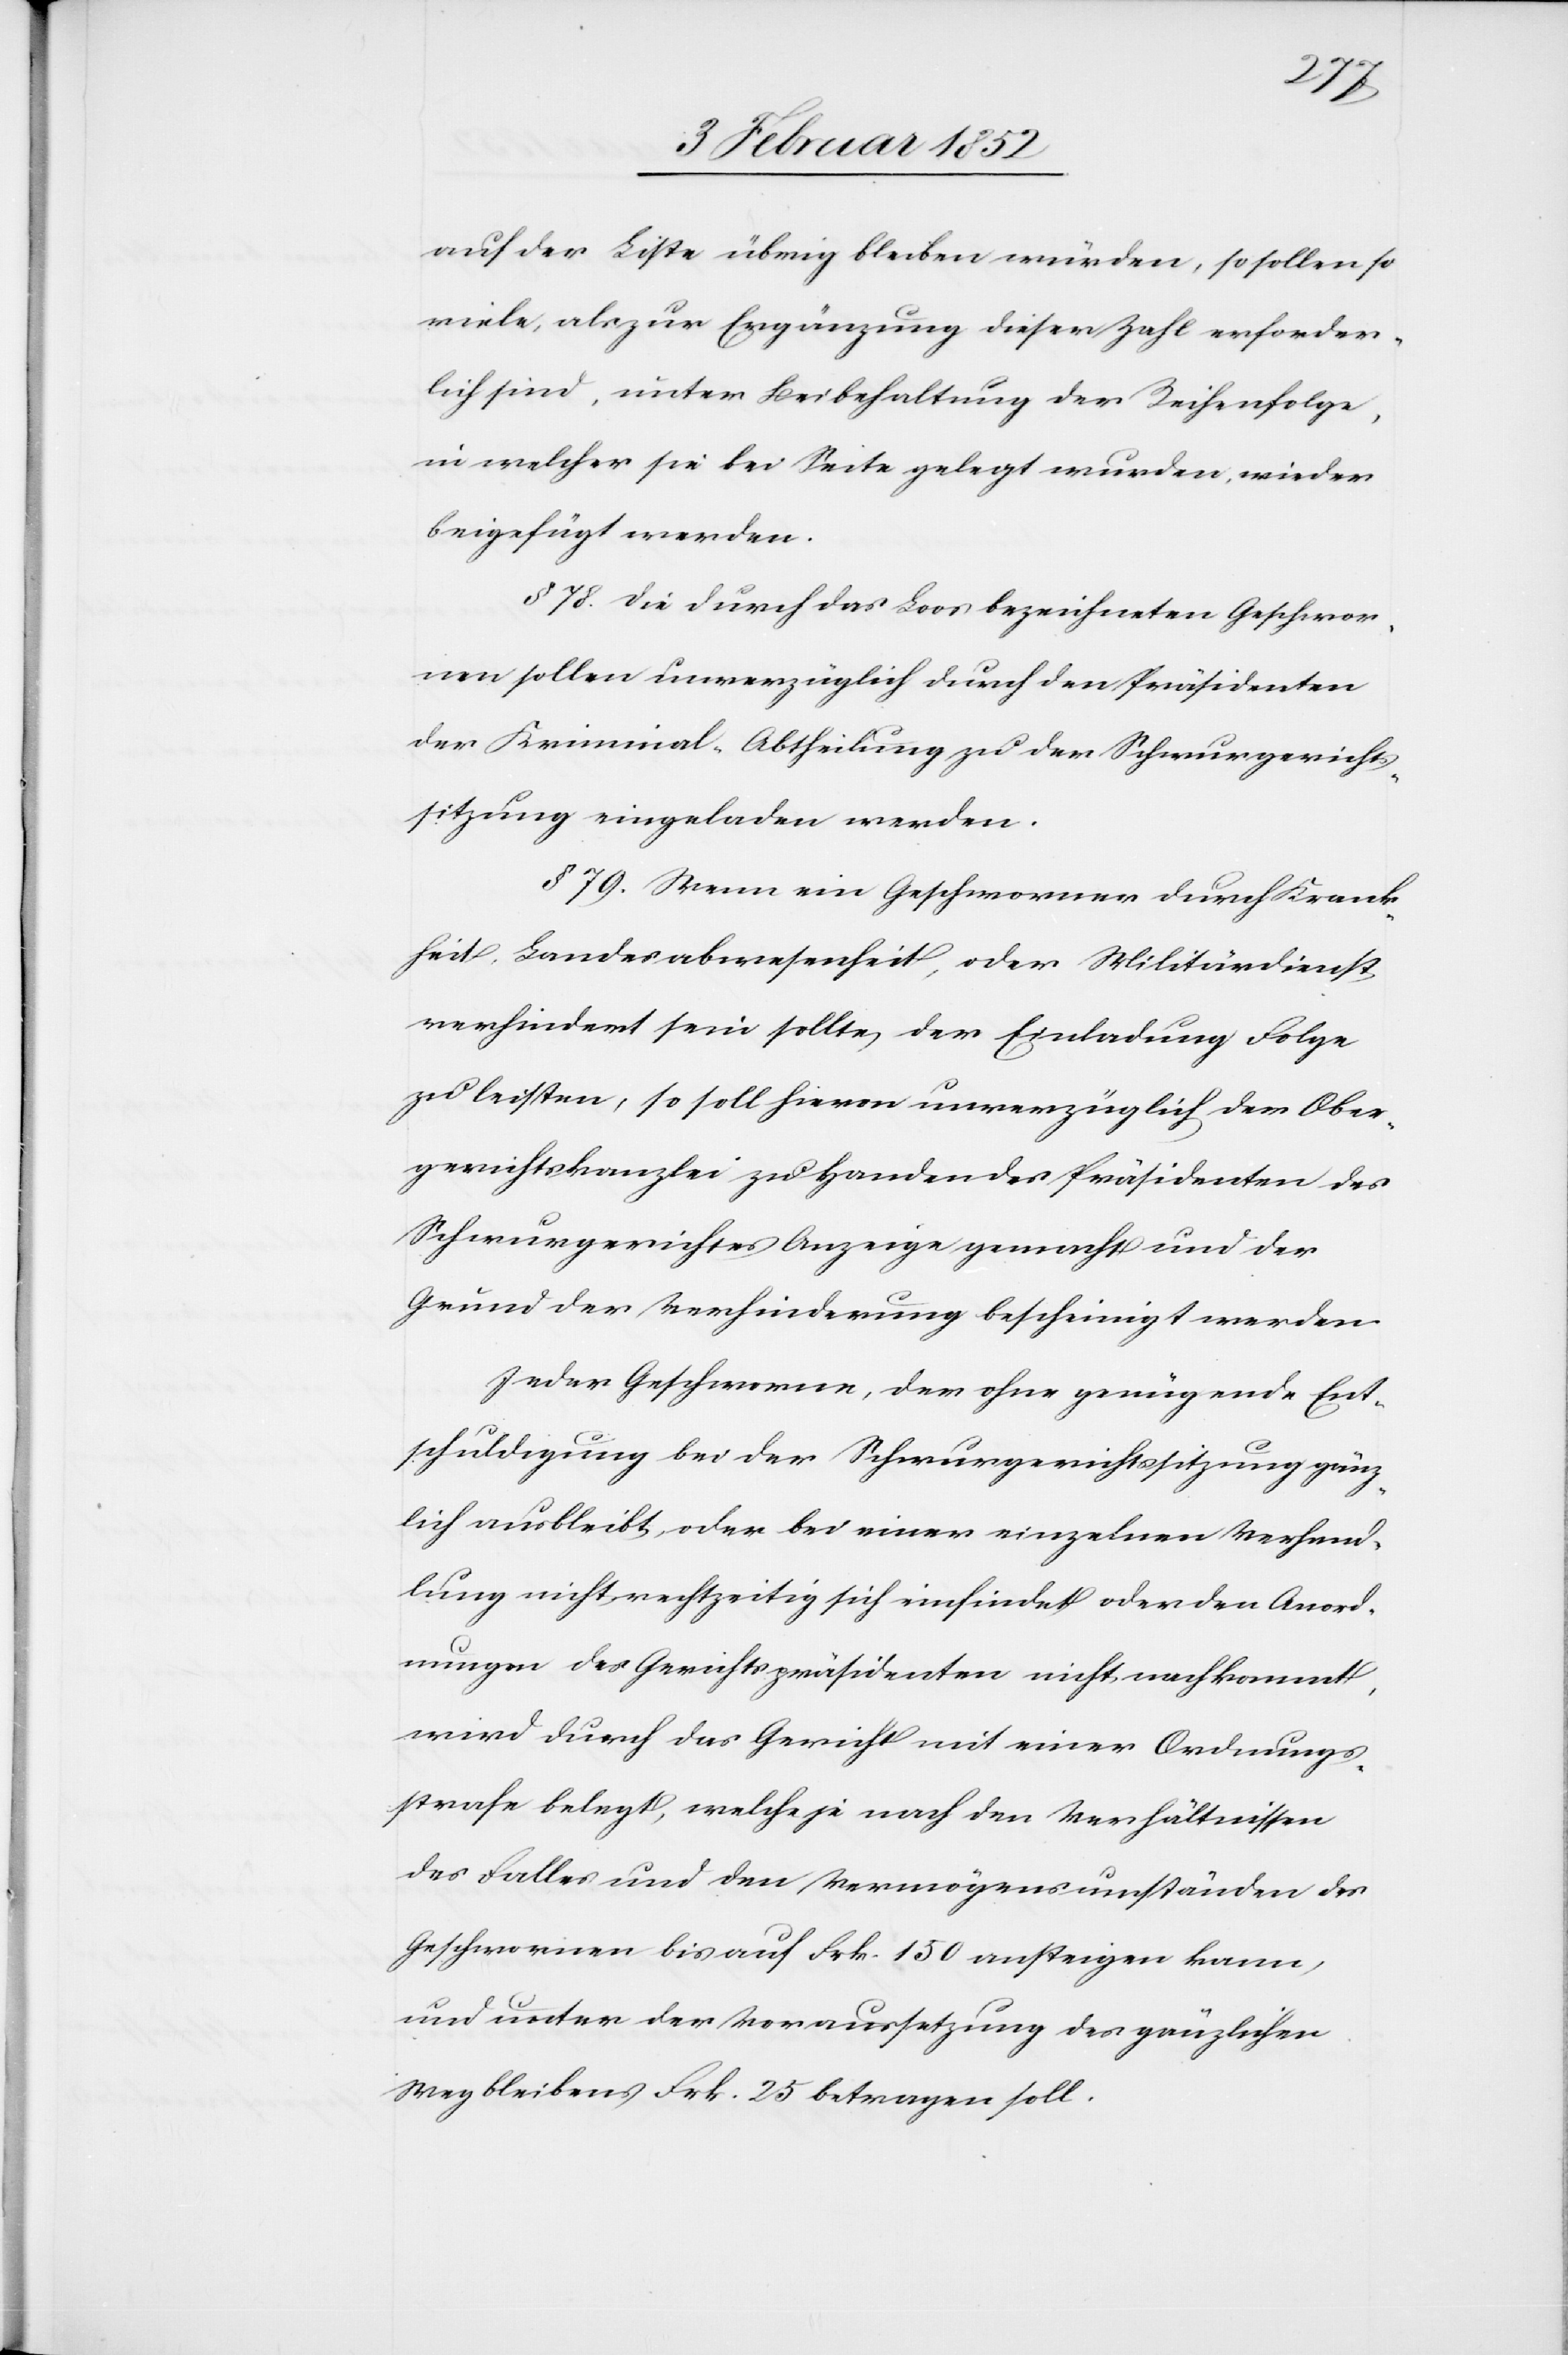
auf der Liste bleiben würden, so sollen so
viele, als zur Ergänzung dieser Zahl erforder¬
lich sind, unter Beibehaltung der Reihenfolge,
in welcher sie bei Seite gelegt wurden, wieder
beigefügt werden.
§ 78. Die durch das Loos bezeichneten Geschwor¬
nen sollen unverzüglich durch den Präsidenten
der Kriminal-Abtheilung zu der Schwurgerichts¬
sitzung eingeladen werden.
§ 79. Wenn ein Geschworner durch Krank¬
heit, Landesabwesenheit, oder Militärdienst
verhindert sein sollte, der Einladung Folge
zu leisten, so soll hievon unverzüglich der Ober¬
gerichtskanzlei zu Handen des Präsidenten des
Schwurgerichtes Anzeige gemacht und der
Grund der Verhinderung bescheinigt werden.
Jeder Geschworne, der ohne genügende Ent¬
schuldigung bei der Schwurgerichtssitzung gänz¬
lich ausbleibt oder bei einer einzelnen Verhand¬
lung nicht rechtzeitig sich einfindet oder den Anord¬
nungen der Gerichtspräsidenten nicht nachkommt,
wird durch das Gericht mit einer Ordnungs¬
strafe belegt, welche je nach den Verhältnissen
des Falles und den Vermögensumständen der
Geschwornen bis auf Frk. 150 ansteigen kann,
und unter der Voraussetzung des gänzlichen
Wegbleibens Frk. 25 betragen soll.